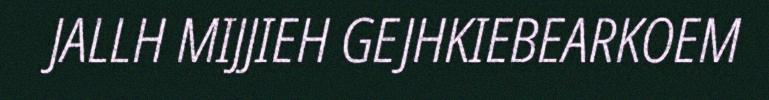
JALLH MIJJIEH GEJHKIEBEARKOEM